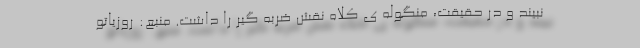
نبیند و در حقیقت، منگوله ی کلاه نقش ضربه گیر را داشت. منبع: روزیاتو